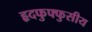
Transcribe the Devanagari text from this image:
हृदफुफ्फुसीय